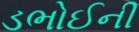
ડભોઈની